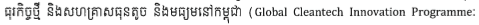
ធុរកិច្ចថ្មី និងសហគ្រាសធុនតូច និងមធ្យមនៅកម្ពុជា (Gloabl Cleantech Innovation Programme: